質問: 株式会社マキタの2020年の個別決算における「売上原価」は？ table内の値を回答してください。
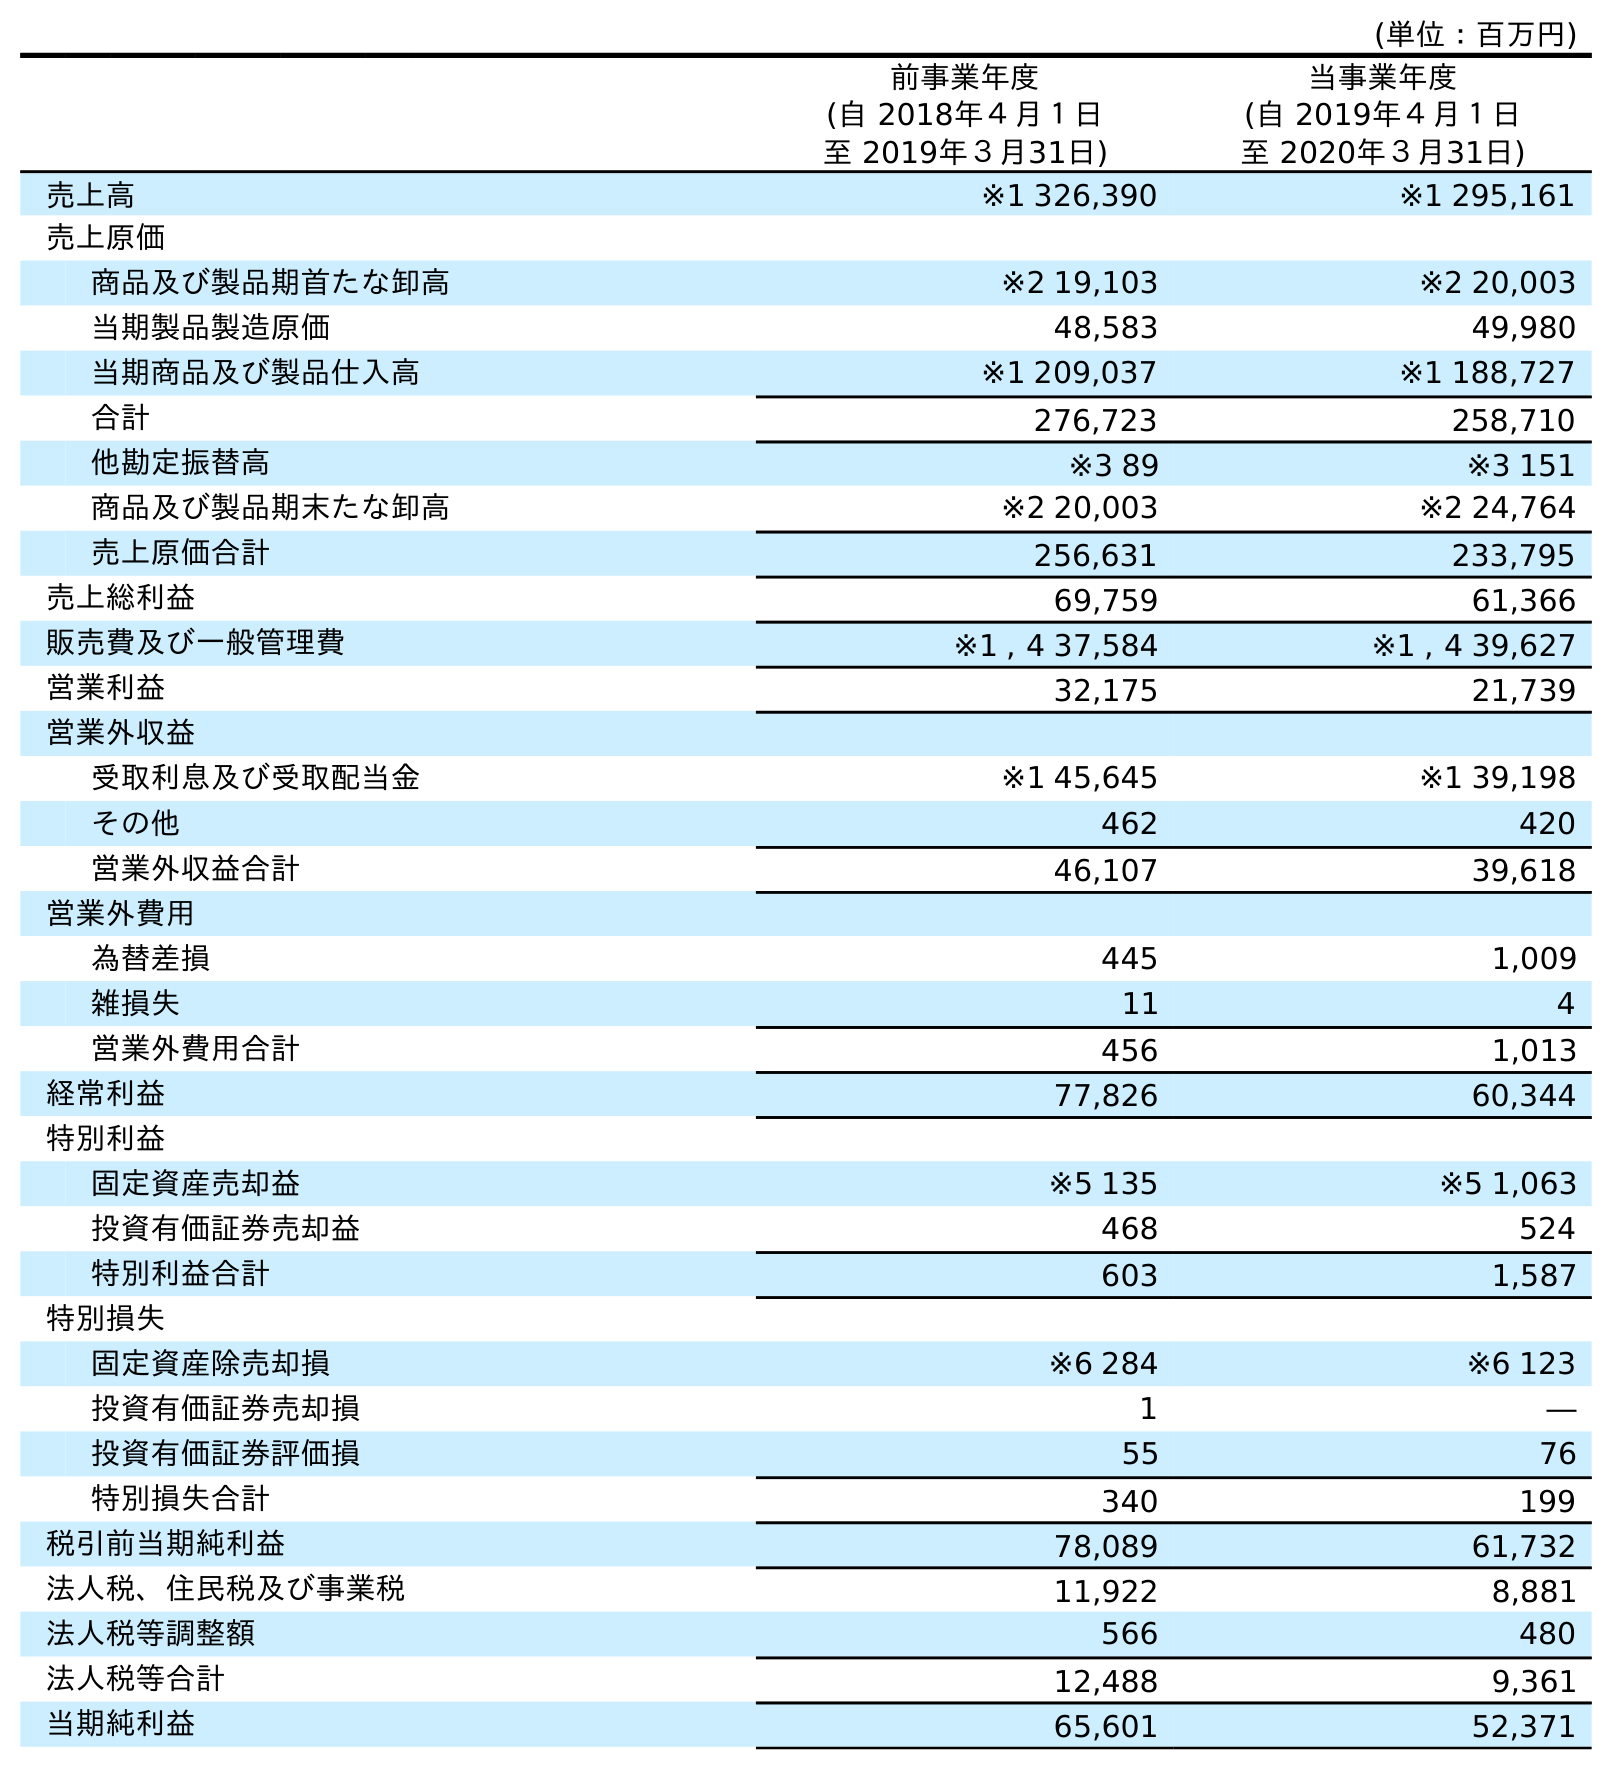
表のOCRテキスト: (単位：百万円) 前事業年度 (自 2018年４月１日 至 2019年３月31日) 当事業年度 (自 2019年４月１日 至 2020年３月31日) 売上高 ※1 326,390 ※1 295,161 売上原価 商品及び製品期首たな卸高 ※2 19,103 ※2 20,003 当期製品製造原価 48,583 49,980 当期商品及び製品仕入高 ※1 209,037 ※1 188,727 合計 276,723 258,710 他勘定振替高 ※3 89 ※3 151 商品及び製品期末たな卸高 ※2 20,003 ※2 24,764 売上原価合計 256,631 233,795 売上総利益 69,759 61,366 販売費及び一般管理費 ※1 , 4 37,584 ※1 , 4 39,627 営業利益 32,175 21,739 営業外収益 受取利息及び受取配当金 ※1 45,645 ※1 39,198 その他 462 420 営業外収益合計 46,107 39,618 営業外費用 為替差損 445 1,009 雑損失 11 4 営業外費用合計 456 1,013 経常利益 77,826 60,344 特別利益 固定資産売却益 ※5 135 ※5 1,063 投資有価証券売却益 468 524 特別利益合計 603 1,587 特別損失 固定資産除売却損 ※6 284 ※6 123 投資有価証券売却損 1 ― 投資有価証券評価損 55 76 特別損失合計 340 199 税引前当期純利益 78,089 61,732 法人税、住民税及び事業税 11,922 8,881 法人税等調整額 566 480 法人税等合計 12,488 9,361 当期純利益 65,601 52,371
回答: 233,795